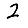
Digit: 2